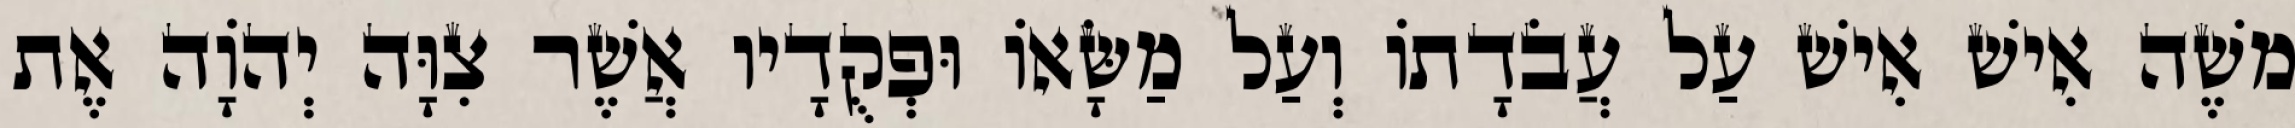
משֶׁה אִישׁ אִישׁ עַל עֲבֹדָתוֹ וְעַל מַשָּׂאוֹ וּפְקֻדָיו אֲשֶׁר צִוָּה יְהוָֹה אֶת